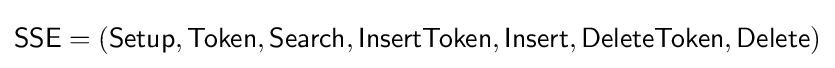
{\mathsf {SSE=(Setup,Token,Search,InsertToken,Insert,DeleteToken,Delete)}}